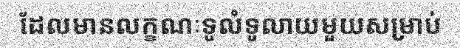
ដែលមានលក្ខណៈទូលំទូលាយមួយសម្រាប់